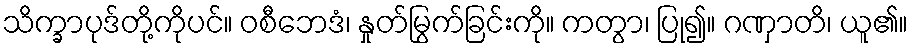
သိက္ခာပုဒ်တို့ကိုပင်။ ဝစီဘေဒံ၊ နှုတ်မြွက်ခြင်းကို။ ကတွာ၊ ပြု၍။ ဂဏှာတိ၊ ယူ၏။